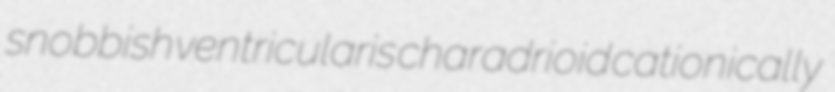
snobbish ventricularis charadrioid cationically